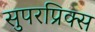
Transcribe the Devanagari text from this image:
सुपरप्रिक्स